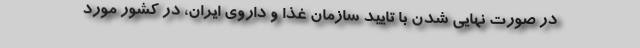
در صورت نهایی شدن با تایید سازمان غذا و داروی ایران، در کشور مورد